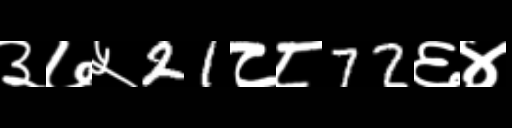
Text: ३७५21८८72६४